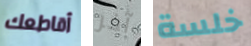
أقاطعك آخر خلسة